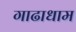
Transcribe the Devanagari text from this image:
गाढाधाम